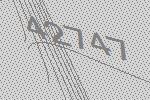
42747